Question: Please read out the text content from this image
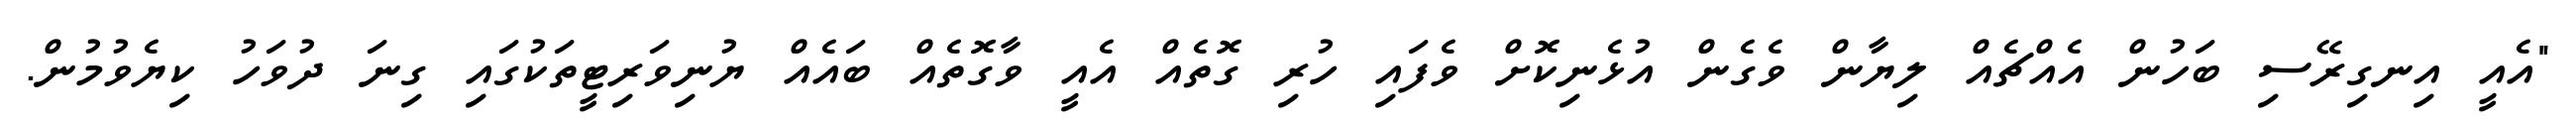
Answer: "އެއީ އިނގިރޭސި ބަހުން އެއްޗެއް ލިޔާން ވެގެން އުޅެނިކޮށް ވެފައި ހުރި ގޮތެއް އެއީ ވާގޮތެއް ބައެއް ޔުނިވަރިޓީތަކުގައި ގިނަ ދުވަހު ކިޔެވުމުން.